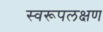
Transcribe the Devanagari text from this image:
स्वरूपलक्षण